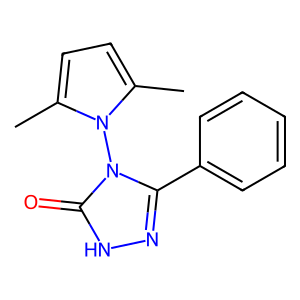
SMILES: Cc1ccc(C)n1-n1c(-c2ccccc2)n[nH]c1=O
Inhibits HIV replication: No